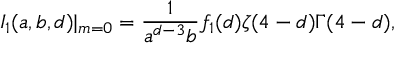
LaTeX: I _ { 1 } ( a , b , d ) | _ { m = 0 } = \frac { 1 } { a ^ { d - 3 } b } f _ { 1 } ( d ) \zeta ( 4 - d ) \Gamma ( 4 - d ) ,